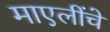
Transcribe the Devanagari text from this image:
माएलींचे